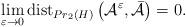
LaTeX: \begin{align*} \lim_{\varepsilon\rightarrow0}{\rm dist}_{Pr_{2}(H)}\left( \mathcal{A}^{\varepsilon},\bar{\mathcal{A}}\right)=0. \end{align*}